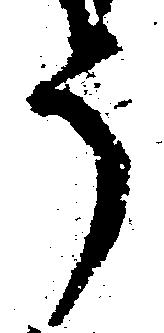
う